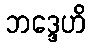
ဘဒ္ဒေဟိ